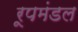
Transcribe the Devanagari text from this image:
रूपमंडल